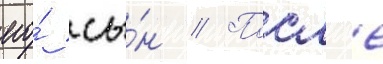
его́ сы́н // Посл'е